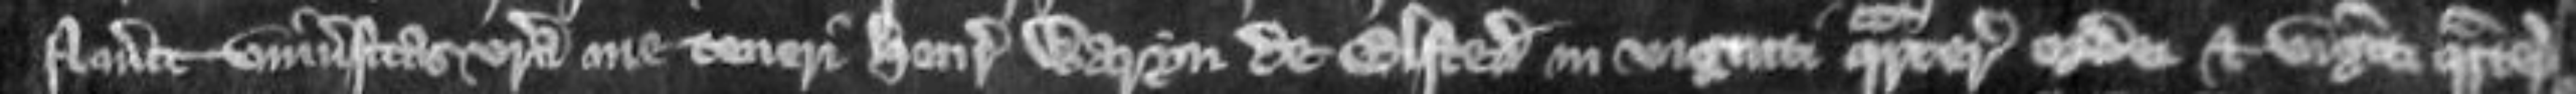
Noverit universitas vestra me teneri Henrico Waryn de Elsted in viginti quarteriis ordei et viginti quarteriis